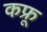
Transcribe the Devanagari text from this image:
कफ्रू